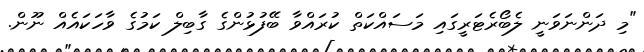
"މި ދަންނަވަނީ ލެބޯރެޓަރީގައި މަސައްކަތް ކުރައްވާ ބޭފުޅުންގެ ގާބިލް ކަމުގެ ވާހަކައެއް ނޫން.